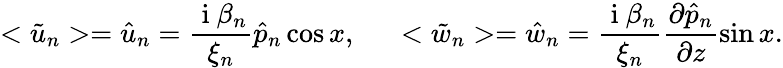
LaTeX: <\tilde{u}_{n}>=\hat{u}_{n}=\frac{\mathrm{~i~}\beta_{n}}{\xi_{n}}\hat{p}_{n}\cos{x},\ \ \ \ \ <\tilde{w}_{n}>=\hat{w}_{n}=\frac{\mathrm{~i~}\beta_{n}}{\xi_{n}}\frac{\partial\hat{p}_{n}}{\partial z}\sin{x}.